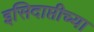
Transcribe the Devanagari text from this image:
इसिदाप्तीच्या